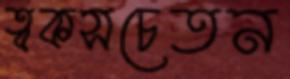
ত্বকসচেতন